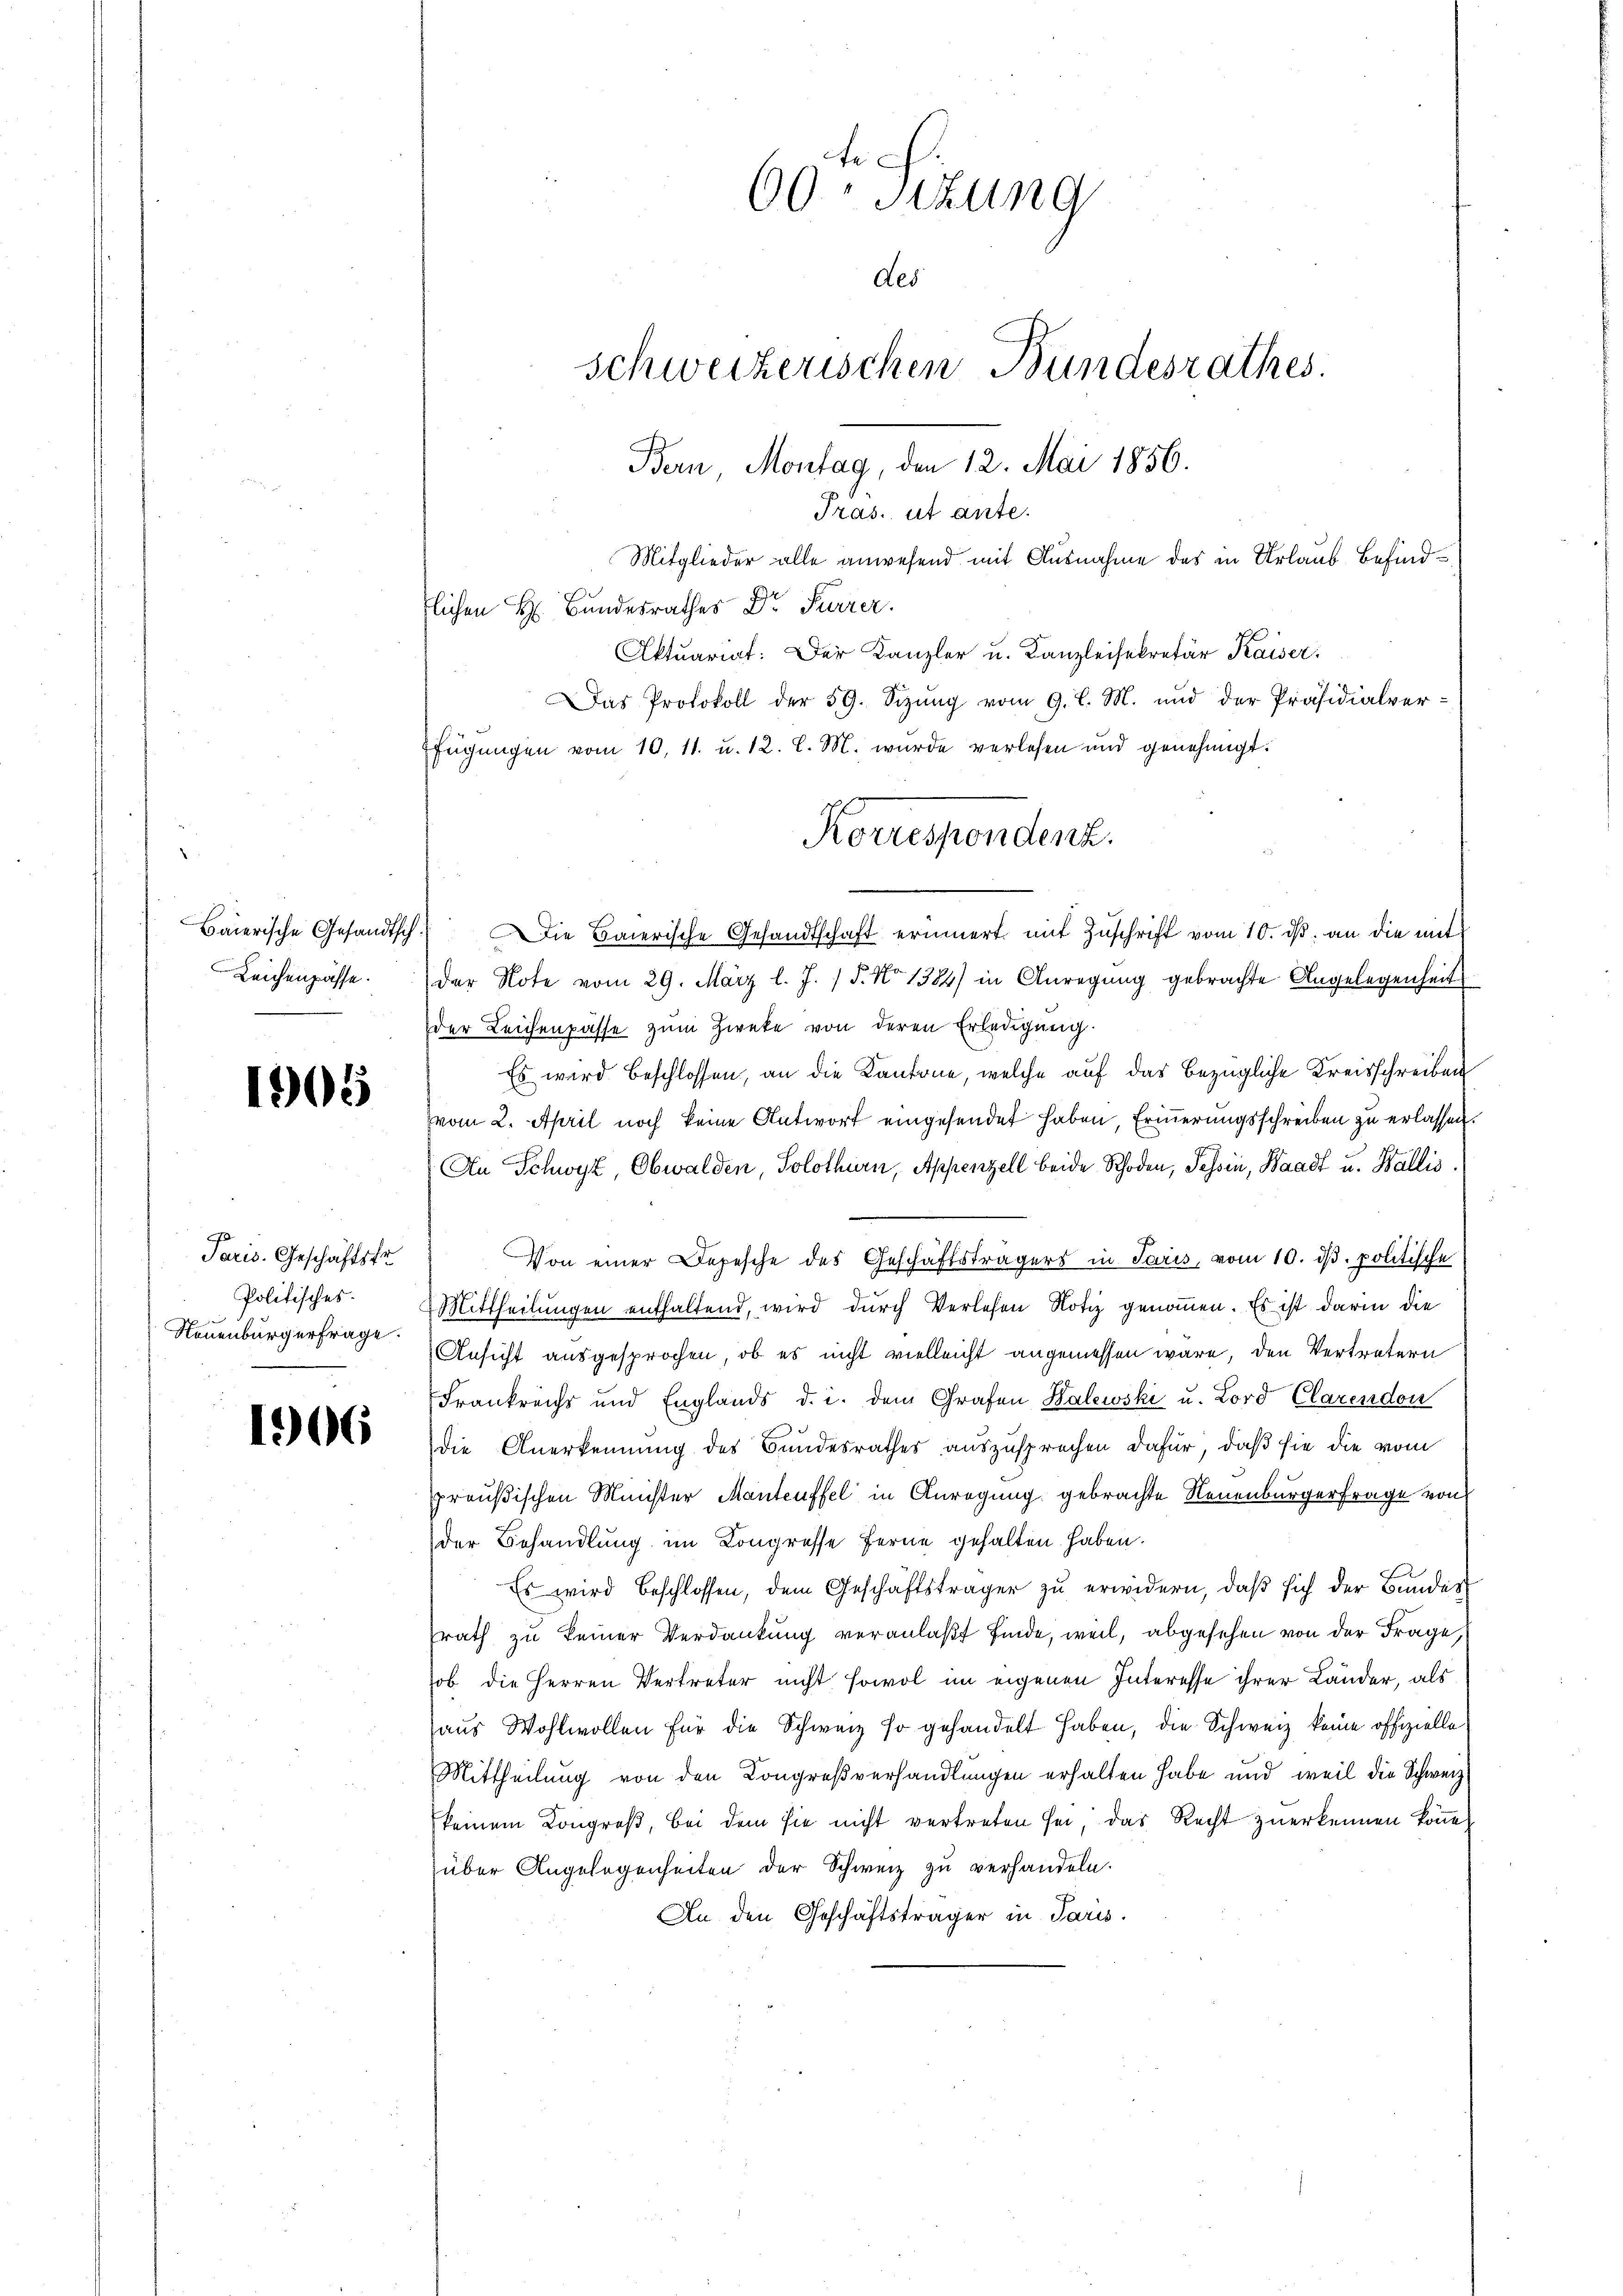
Baierische Gesandtsch
Leichenpasse.

1905

Paris. Geschäftstr
Politisches.
Neuenburgerfrage.

1906

60 Sitzung
des
Schweizerischen Bundesrathes.
Bern, Montag, den 12. Mai 1856.
Pras. ut ante.

Mitglieder alle anwesend mit Ausnahme des in Urlaub Befindlichen H. Bundesrathes Dr. Furrer.
Aktuariat: Der Kanzler u. Kanzleisekretär Kaiser.
x
Das Protokoll der 59. Sizŭng vom 9. l. M. und der Präsidialverfügungen vom 10. 11. u. 12. l. M. wurde verlesen und genehmigt.
) Die Baierische Gesandtschaft erinnert mit Zuschrift vom 10. ds. an die mit
der Note vom 29. März l. J. / 5. No 1384) in Anregung gebrachte Angelegenheit
der Leichenpasse zum Zweke von deren Erledigung
Es wird beschlossen, an die Kantone, welche auf das bezügliche Kreisschreiben
vom 2. April noch keine Antwort eingesendet haben, Erinnerungsschreiben zu erlassen
An Schwyz, Obwalden, Solothurn, Appenzell beide Schoden, Tessin, Waadt u. Wallis.
Von einer Depesche des Geschäftsträgers in Paris, vom 10. ds. politische
Mittheilungen enthaltend, wird durch Verlesen Notiz genommen. Es ist darin die
Ansicht ausgesprochen, ob es nicht vielleicht angemessen wäre, den Vertretern
Frankreichs und Englands d. i. dem Grafen Kalewski u. Lord Clarendon
die Anerkennung des Bundesrathes auszusprechen dafür, daß sie die vom
preußischen Meister Manteuffel in Anregung gebrachte Neuenburgerfrage von
der Behandlung im Kongresse ferne gehalten haben.
Es wird beschlossen, dem Geschäftsträger zŭ erwidern, daβ sich der Bunder
srath zu keiner Verdankung veranlaßt finde, weil, abgesehen von der Frage,
ob die Herren Vertreter nicht sowol im eigenen Interesse ihrer Länder, als
aus Wohlwollen für die Schweiz so gehandelt haben, die Schweiz keine offizielle
Mittheilung von den Kongreßverhandlungen erhalten habe und weil die Schweiz
keinem Kongreß, bei dem sie nicht vertreten sei das Recht zuerkennen könne,
über Angelegenheiten der Schweiz zu verhandeln.
An den Geschäftsträger in Paris.

Korrespondenz.